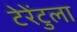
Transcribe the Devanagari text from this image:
टेरेंटुला